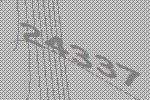
24337